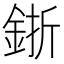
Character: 𨦬